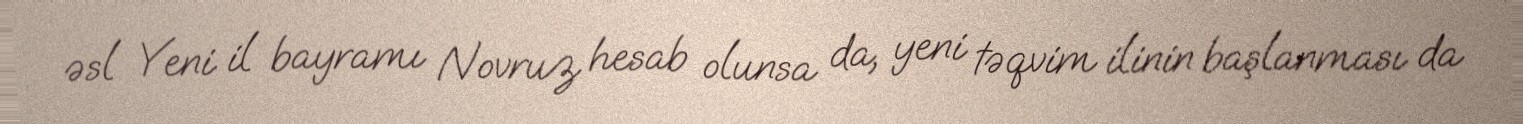
əsl Yeni il bayramı Novruz hesab olunsa da, yeni təqvim ilinin başlanması da